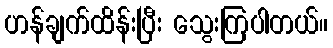
ဟန်ချက်ထိန်းပြီး သွေးကြပါတယ်။